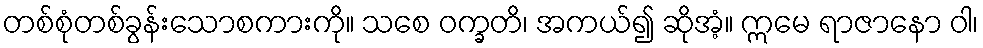
တစ်စုံတစ်ခွန်းသောစကားကို။ သစေ ဝက္ခတိ၊ အကယ်၍ ဆိုအံ့။ ဣမေ ရာဇာနော ဝါ၊